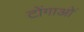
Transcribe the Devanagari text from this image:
टोंगाओं